Insane asylums in Bengal annual reports 1867-1875 - 1867-1875
Year: 1867
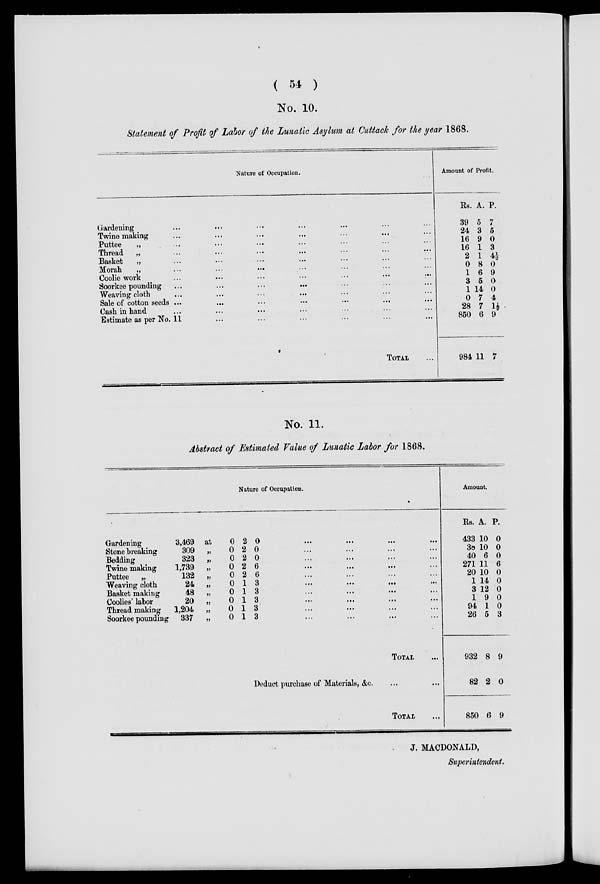
( 54 )
No. 10.
Statement of Profit of Labor of the Lunatic Asylum at Cuttack for the year 1868.
Nature of Occupation.
Gardening
...
... ... ... ... ... ...
Twine making ... ... ... ... ... ... ...
Puttee
„ ... ... ... ... ... ... ...
Thread „ ... ... ... ... ... ... ...
Basket
„ ... ... ... ... ... ... ...
Morah
„ ... ... ... ... ... ... ...
Coolie work ... ... ... ... ... ... ...
Soorkee pounding ... ... ... ... ... ... ...
Weaving cloth ... ... ... ... ... ... ...
Sale of cotton seeds ... ... ... ... ... ... ...
Cash in hand ... ... ... ... ... ... ...
Estimate as per No. 11 ... ... ... ... ... ...
TOTAL ...
Amount of Profit.
Rs.
39
24
16
16
2
0
1
3
1
0
28
850
984
A.
5
3
9
1
1
8
6
5
14
7
7
6
11
P.
7
5
0
3
4½
0
9
0
0
4
1½
9
7
No. 11.
Abstract of Estimated Value of Lunatic Labor for 1868.
Nature of Occupation.
Gardening
Stone breaking
Bedding
Twine making
Puttee
„
Weaving cloth
Basket making
Coolies' labor
Thread making
Soorkee pounding
3,469
309
323
1,739
132
24
48
20
1,204
337
at
„
„
„
„
„
„
„
„
„
0
0
0
0
0
0
0
0
0
0
2
2
2
2
2
1
1
1
1
1
0
0
0
6
6
3
3
3
3
3
...
...
...
...
...
...
...
...
...
...
...
...
...
...
...
...
...
...
...
...
...
...
...
...
...
...
...
...
...
...
...
...
...
... ... ...
...
...
...
...
TOTAL ...
Deduct purchase of Materials, &c. ... ...
TOTAL ...
Amount.
Rs.
433
38
40
271
20
1
3
1
94
26
932
82
850
A.
10
10
6
11
10
14
12
9
1
5
8
2
6
P.
0
0
0
6
0
0
0
0
0
3
9
0
9
J. MACDONALD,
Superintendent.